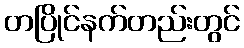
တပြိုင်နက်တည်းတွင်